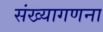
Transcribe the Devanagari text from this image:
संख्यागणना